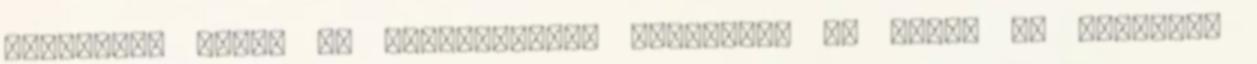
meglehet, mások az elvárásaink, Reevennek és nekem és Felixnek